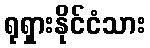
ရုရှားနိုင်ငံသား